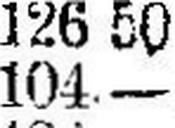
104.—